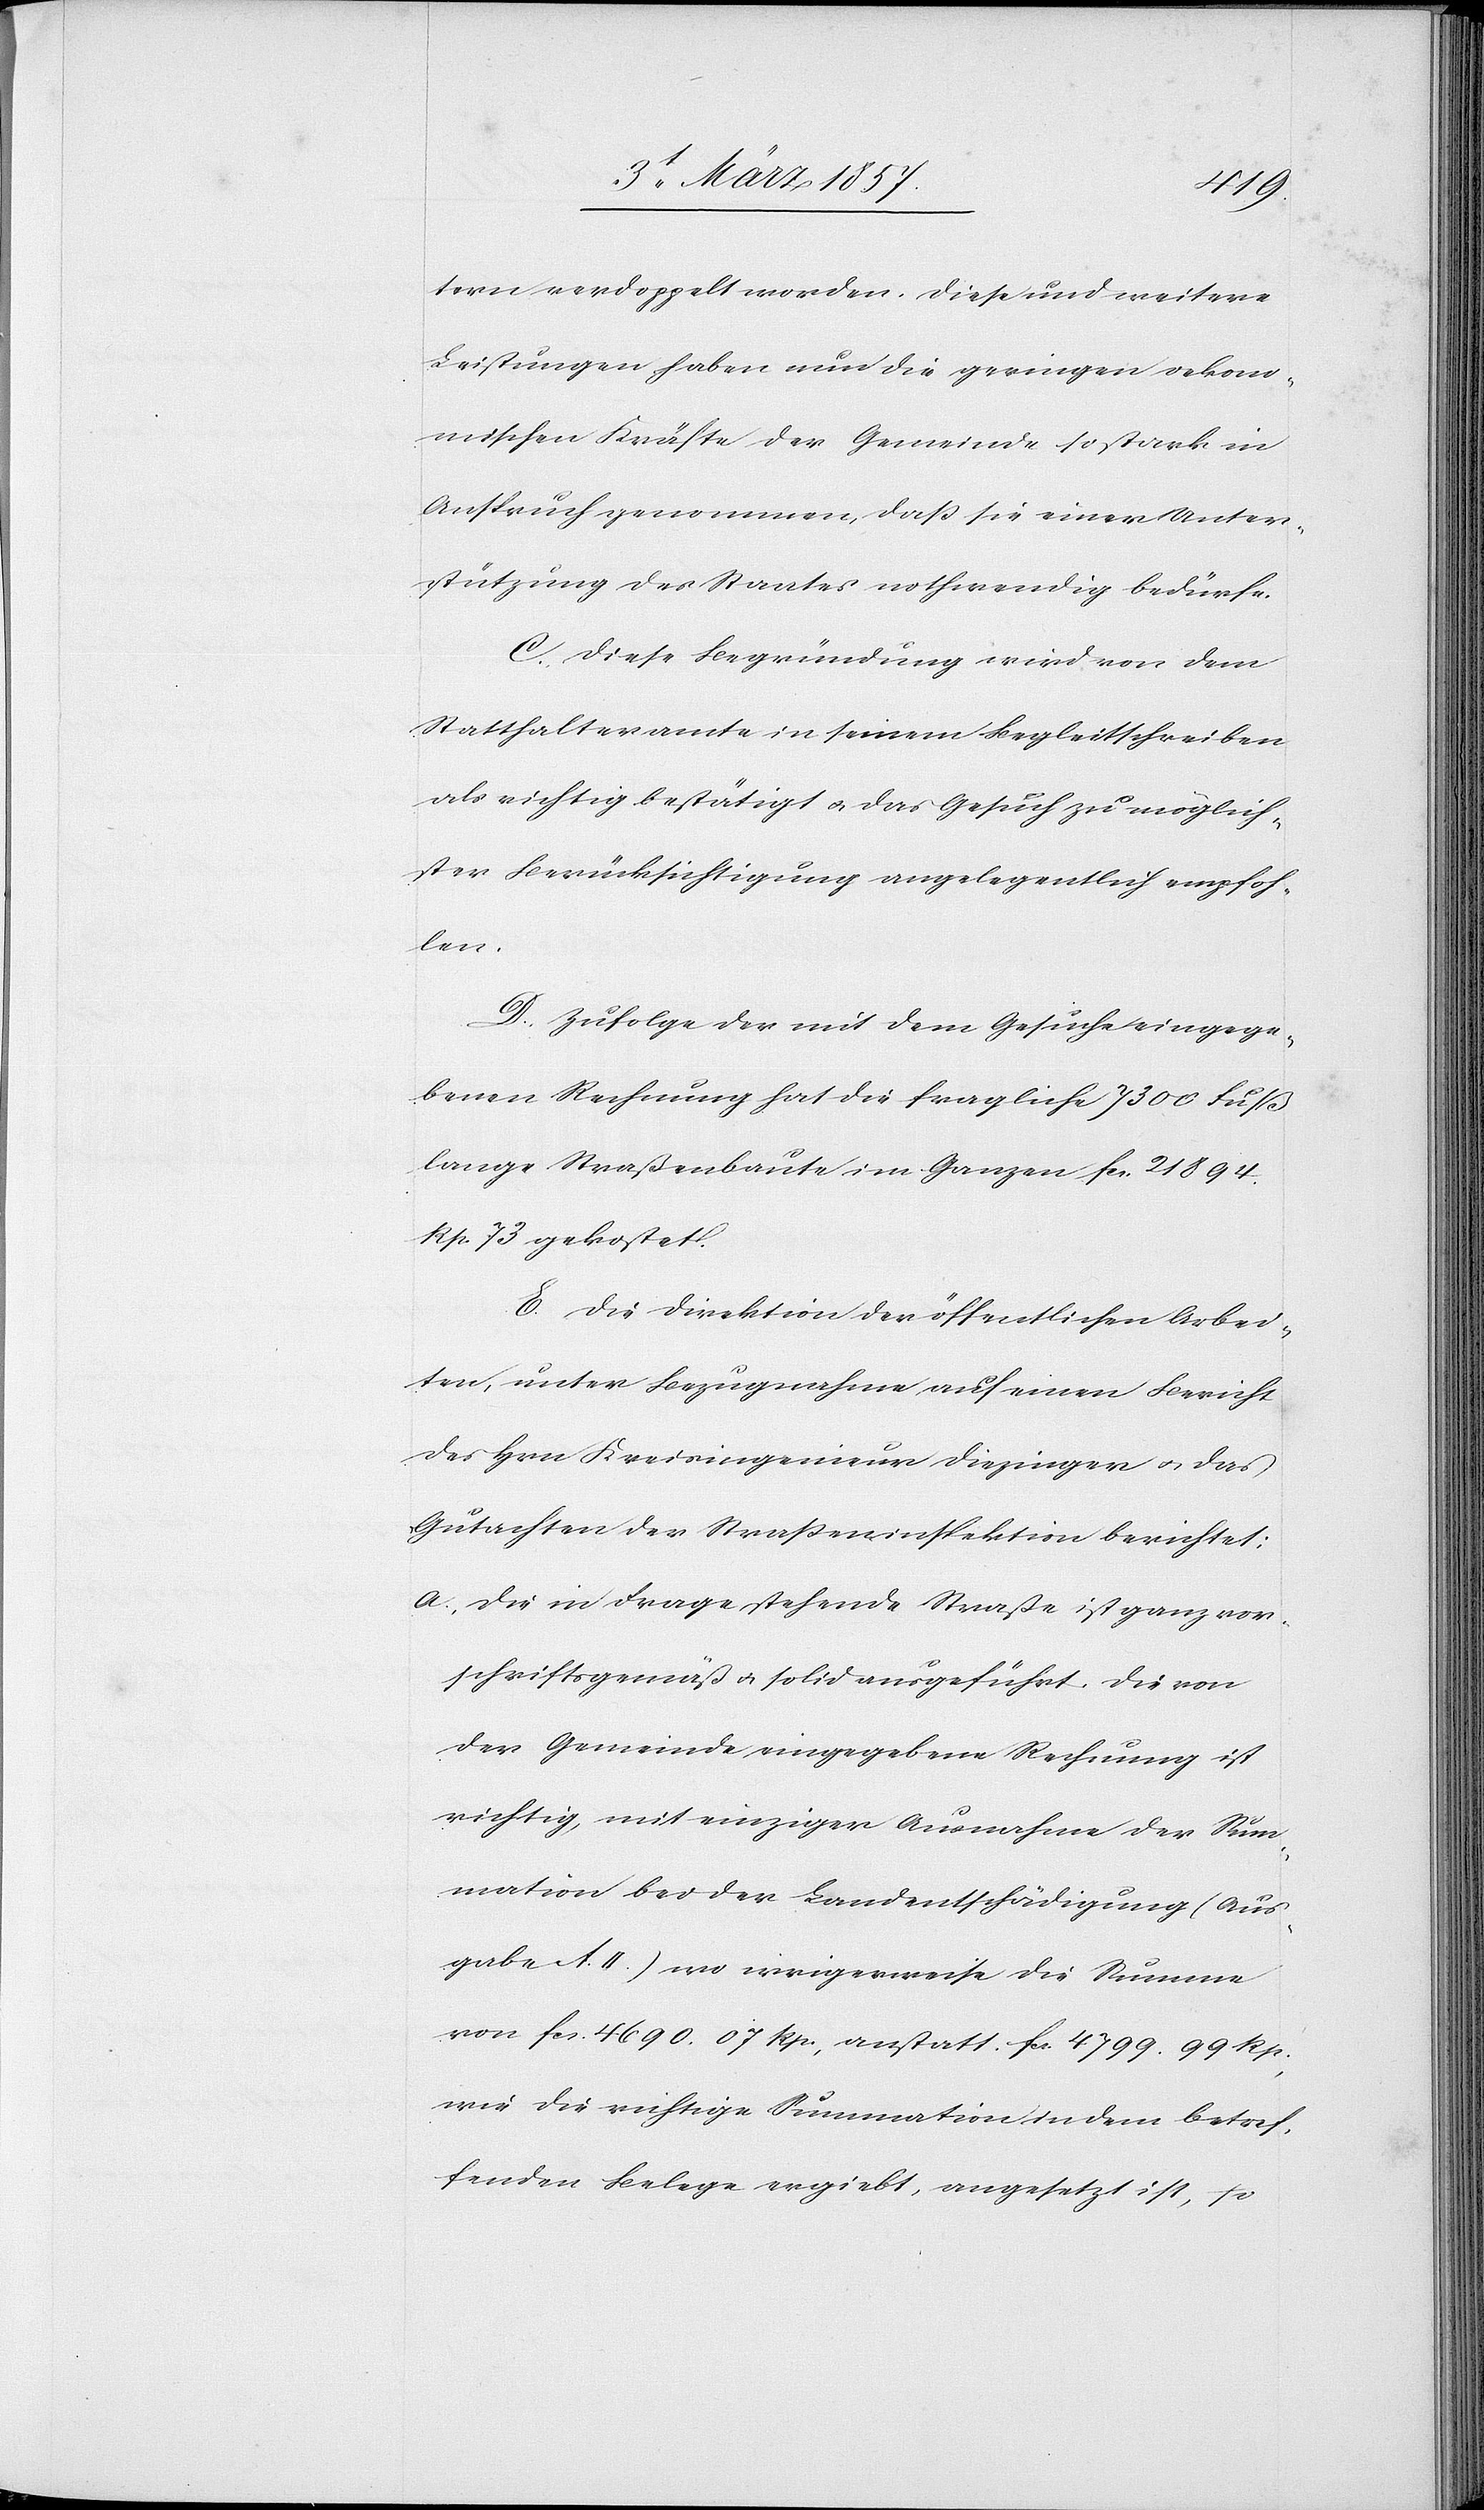
tern verdoppelt worden. Diese und weitere
Leistungen haben nun die geringen oekono¬
mischen Kräfte der Gemeinde so stark in
Anspruch genommen, daß sie einer Unter¬
stützung des Staates nothwendig bedürfe.
C. Diese Begründung wird von dem
Statthalteramte in seinem Begleitschreiben
als richtig bestätigt u. das Gesuch zu möglich¬
ster Berücksichtigung angelegentlich empfoh¬
len.
D. Zufolge der mit dem Gesuche eingege¬
benen Rechnung hat die fragliche 7300 Fuß
lange Straßenbaute im Ganzen fr. 21 894.
Rp. 73 gekostet.
E. Die Direktion der öffentlichen Arbei¬
ten, unter Bezugnahme auf einen Bericht
des Hrn. Kreisingenieur Diezinger u das
Gutachten der Straßeninspektion berichtet:
a. Die in Frage stehende Straße ist ganz vor¬
schriftsgemäß u. solid ausgeführt. Die von
der Gemeinde eingegebene Rechnung ist
richtig, mit einziger Ausnahme der Sum¬
mation bei der Landentschädigung (Aus¬
gabe A. II.) wo irrigerweise die Summe
von fr. 4690. 07 Rp., anstatt fr. 4799. 99 Rp.,
wie die richtige Summation in dem betref¬
fenden Belege ergiebt, angesetzt ist, so